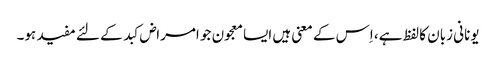
یونانی زبان کا لفظ ہے، اِس کے معنی ہیں ایسا معجون جو امراض کبد کے لئے مفید ہو۔